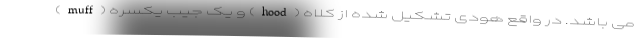
می باشد. در واقع هودی تشکیل شده از کلاه (hood) و یک جیب یکسره (muff)